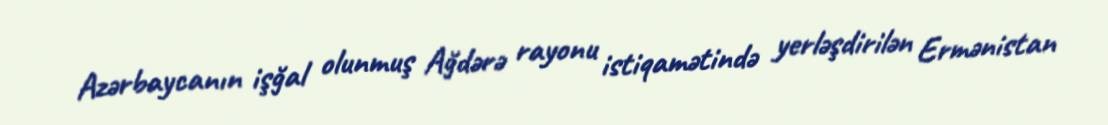
Azərbaycanın işğal olunmuş Ağdərə rayonu istiqamətində yerləşdirilən Ermənistan